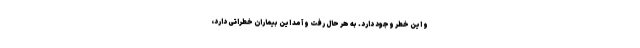
و این خطر وجود دارد. به هر حال رفت و آمد این بیماران خطراتی دارد،